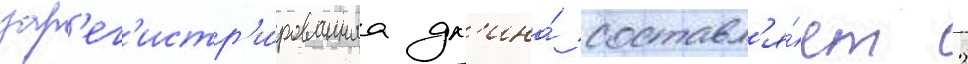
зар'ег'истр'и́рованнаа дл'ина́ составл'я́ет 2